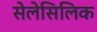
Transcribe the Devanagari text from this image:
सेलेसिलिक